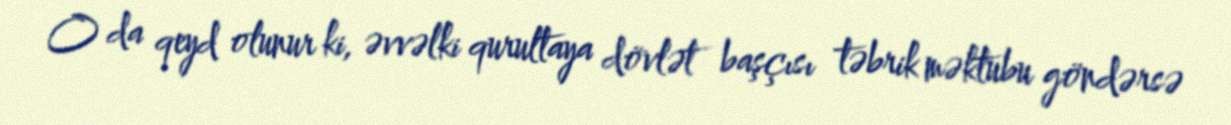
O da qeyd olunur ki, əvvəlki qurultaya dövlət başçısı təbrik məktubu göndərsə